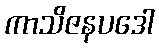
ကာသိဇနပဒေါ